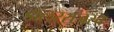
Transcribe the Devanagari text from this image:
डॉलरराजस्व